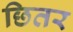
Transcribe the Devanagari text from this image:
छितर